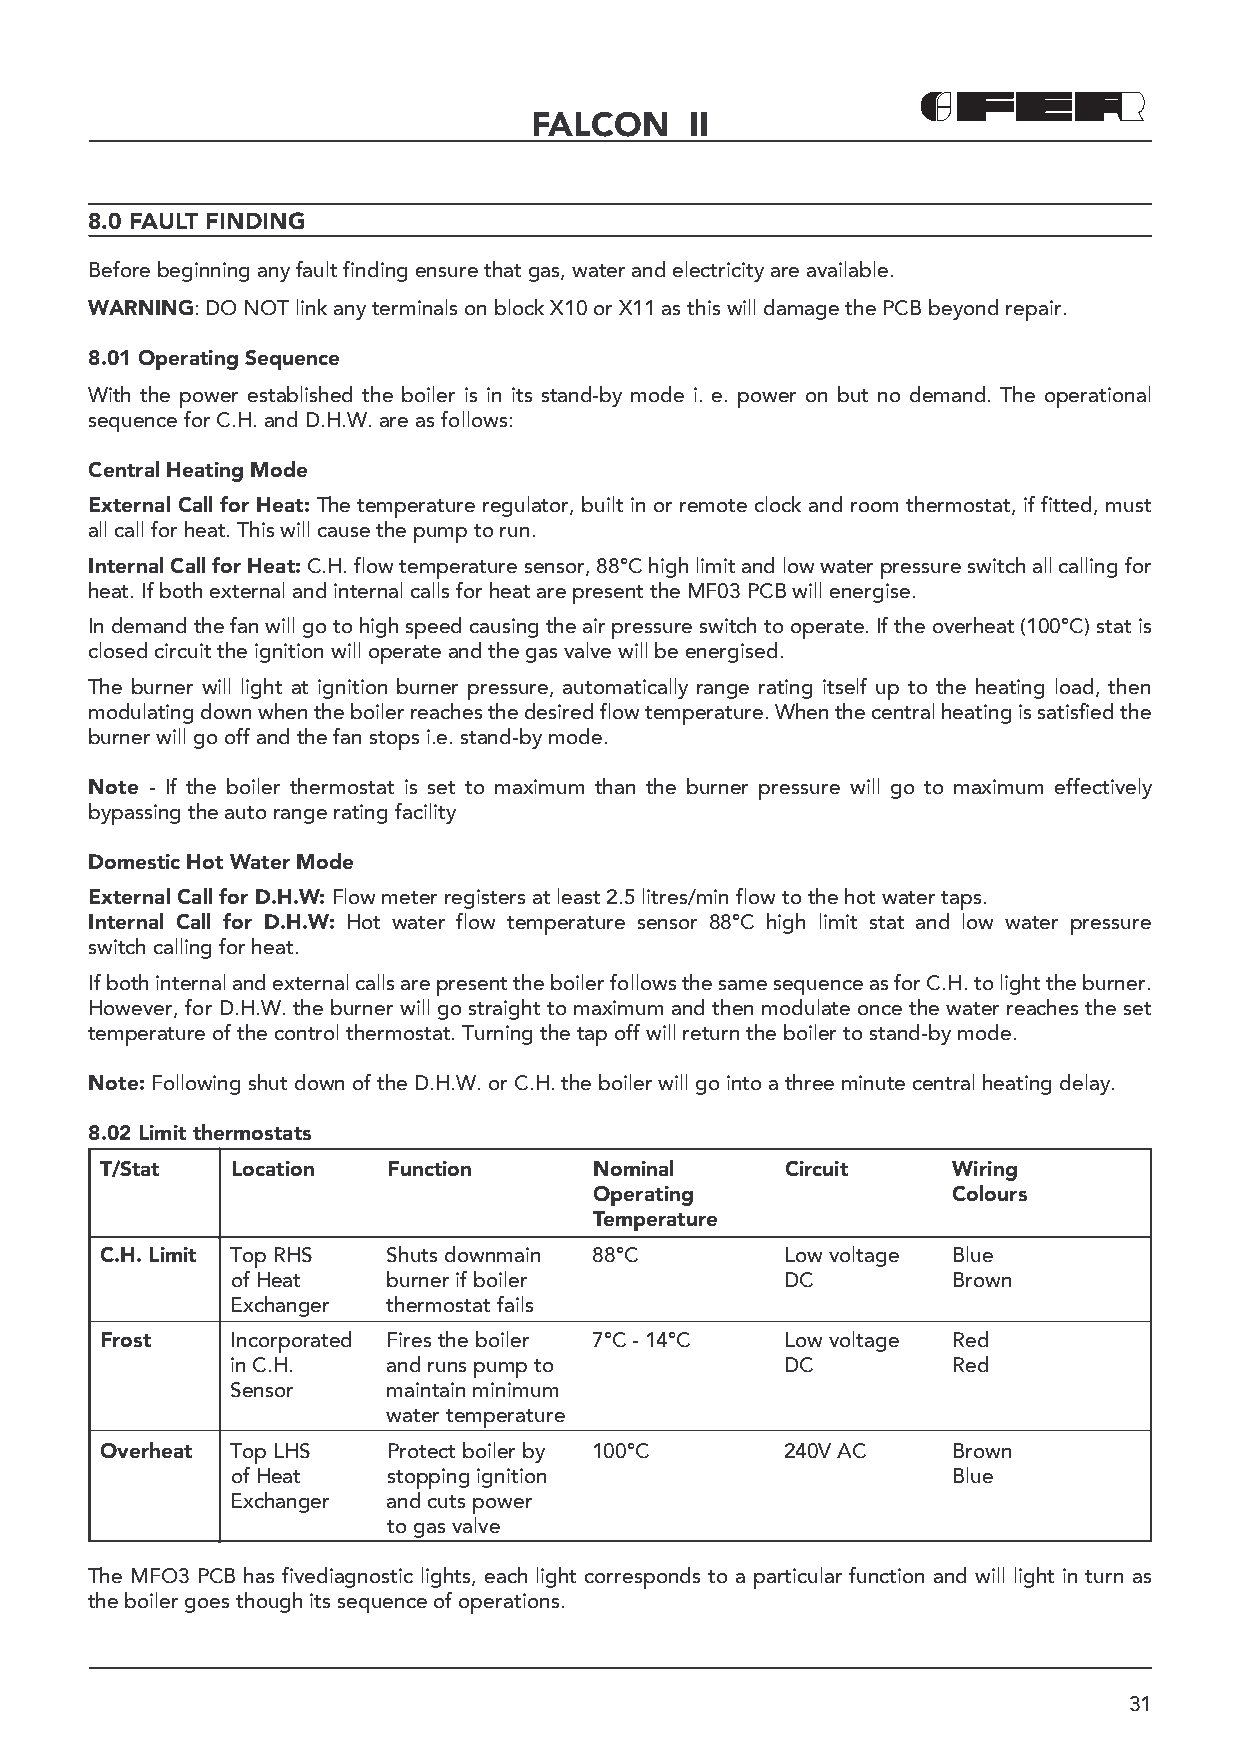
FALCON     II
 8.0 FAULT FINDING
 Before beginning any fault finding ensure that gas, water and electricity are available.
 WARNING: DO NOT link any terminals on block X10 or X11 as this will damage the PCB beyond repair.
 8.01 Operating Sequence
 With the power established the boiler is in its stand-by mode i. e. power on but no demand. The operational
 sequence for C.H. and D.H.W. are as follows:
 Central Heating Mode
 External Call for Heat: The temperature regulator, built in or remote clock and room thermostat, if fitted, must
 all call for heat. This will cause the pump to run.
 Internal Call for Heat: C.H. flow temperature sensor, 88°C high limit and low water pressure switch all calling for
 heat. If both external and internal calls for heat are present the MF03 PCB will energise.
 In demand the fan will go to high speed causing the air pressure switch to operate. If the overheat (100°C) stat is
 closed circuit the ignition will operate and the gas valve will be energised.
 The burner will light at ignition burner pressure, automatically range rating itself up to the heating load, then
 modulating down when the boiler reaches the desired flow temperature. When the central heating is satisfied the
 burner will go off and the fan stops i.e. stand-by mode.
 Note - If the boiler thermostat is set to maximum than the burner pressure will go to maximum effectively
 bypassing the auto range rating facility
 Domestic Hot Water Mode
 External Call for D.H.W: Flow meter registers at least 2.5 litres/min flow to the hot water taps.
 Internal Call for D.H.W: Hot water flow temperature sensor 88°C high limit stat and low water pressure
 switch calling for heat.
 If both internal and external calls are present the boiler follows the same sequence as for C.H. to light the burner.
 However, for D.H.W. the burner will go straight to maximum and then modulate once the water reaches the set
 temperature of the control thermostat. Turning the tap off will return the boiler to stand-by mode.
 Note: Following shut down of the D.H.W. or C.H. the boiler will go into a three minute central heating delay.
 8.02 Limit thermostats
 T/Stat  Location   Function     Nominal      Circuit    Wiring
 Operating               Colours
 Temperature
 C.H. Limit Top RHS Shuts downmain 88°C       Low voltage Blue
 of Heat    burner if boiler          DC         Brown
 Exchanger  thermostat fails
 Frost   Incorporated Fires the boiler 7°C - 14°C Low voltage Red
 in C.H.    and runs pump to          DC         Red
 Sensor     maintain minimum
 water temperature
 Overheat Top LHS   Protect boiler by 100°C   240V AC    Brown
 of Heat    stopping ignition                    Blue
 Exchanger  and cuts power
 to gas valve
 The MFO3 PCB has fivediagnostic lights, each light corresponds to a particular function and will light in turn as
 the boiler goes though its sequence of operations.
 31